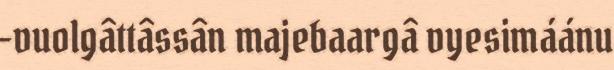
-vuolgâttâssân majebaargâ vyesimáánu